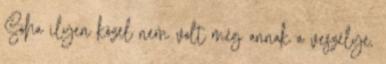
Soha ilyen közel nem volt még annak a veszélye,